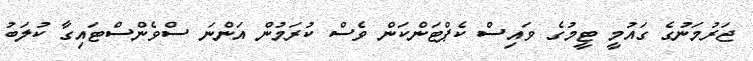
ޖަރުމަނުގެ ގައުމީ ޓީމުގެ ވައިސް ކެޕްޓަންކަން ވެސް ކުރަމުން އަންނަ ސްވެންސްޓައިގާ ކުލަބު